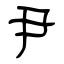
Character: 尹